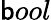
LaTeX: \mathsf{b}ool